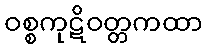
ဝစ္စကုဋိဝတ္တကထာ